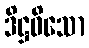
ဒိဋ္ဌဝိသော